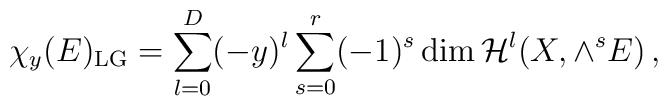
\chi_y(E)_{\rm LG}=\sum_{l=0}^D(-y)^l\sum_{s=0}^r(-1)^s\dim{\cal H}^{l}(X,\wedge^{s}E)\,,